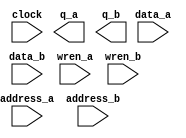
// megafunction wizard: %RAM: 2-PORT%VBB%
// GENERATION: STANDARD
// VERSION: WM1.0
// MODULE: altsyncram 

// ============================================================
// Megafunction Name(s):
// 			altsyncram
//
// Simulation Library Files(s):
// 			altera_mf
// ============================================================
// ************************************************************
// THIS IS A WIZARD-GENERATED FILE. DO NOT EDIT THIS FILE!
//
// 16.1.0 Build 196 10/24/2016 SJ Lite Edition
// ************************************************************

//Copyright (C) 2016  Intel Corporation. All rights reserved.
//Your use of Intel Corporation's design tools, logic functions 
//and other software and tools, and its AMPP partner logic 
//functions, and any output files from any of the foregoing 
//(including device programming or simulation files), and any 
//associated documentation or information are expressly subject 
//to the terms and conditions of the Intel Program License 
//Subscription Agreement, the Intel Quartus Prime License Agreement,
//the Intel MegaCore Function License Agreement, or other 
//applicable license agreement, including, without limitation, 
//that your use is for the sole purpose of programming logic 
//devices manufactured by Intel and sold by Intel or its 
//authorized distributors.  Please refer to the applicable 
//agreement for further details.

module SharedRAM (
	address_a,
	address_b,
	clock,
	data_a,
	data_b,
	wren_a,
	wren_b,
	q_a,
	q_b);

	input	[8:0]  address_a;
	input	[8:0]  address_b;
	input	  clock;
	input	[31:0]  data_a;
	input	[31:0]  data_b;
	input	  wren_a;
	input	  wren_b;
	output	[31:0]  q_a;
	output	[31:0]  q_b;
`ifndef ALTERA_RESERVED_QIS
// synopsys translate_off
`endif
	tri1	  clock;
	tri0	  wren_a;
	tri0	  wren_b;
`ifndef ALTERA_RESERVED_QIS
// synopsys translate_on
`endif

endmodule

// ============================================================
// CNX file retrieval info
// ============================================================
// Retrieval info: PRIVATE: ADDRESSSTALL_A NUMERIC "0"
// Retrieval info: PRIVATE: ADDRESSSTALL_B NUMERIC "0"
// Retrieval info: PRIVATE: BYTEENA_ACLR_A NUMERIC "0"
// Retrieval info: PRIVATE: BYTEENA_ACLR_B NUMERIC "0"
// Retrieval info: PRIVATE: BYTE_ENABLE_A NUMERIC "0"
// Retrieval info: PRIVATE: BYTE_ENABLE_B NUMERIC "0"
// Retrieval info: PRIVATE: BYTE_SIZE NUMERIC "8"
// Retrieval info: PRIVATE: BlankMemory NUMERIC "0"
// Retrieval info: PRIVATE: CLOCK_ENABLE_INPUT_A NUMERIC "0"
// Retrieval info: PRIVATE: CLOCK_ENABLE_INPUT_B NUMERIC "0"
// Retrieval info: PRIVATE: CLOCK_ENABLE_OUTPUT_A NUMERIC "0"
// Retrieval info: PRIVATE: CLOCK_ENABLE_OUTPUT_B NUMERIC "0"
// Retrieval info: PRIVATE: CLRdata NUMERIC "0"
// Retrieval info: PRIVATE: CLRq NUMERIC "0"
// Retrieval info: PRIVATE: CLRrdaddress NUMERIC "0"
// Retrieval info: PRIVATE: CLRrren NUMERIC "0"
// Retrieval info: PRIVATE: CLRwraddress NUMERIC "0"
// Retrieval info: PRIVATE: CLRwren NUMERIC "0"
// Retrieval info: PRIVATE: Clock NUMERIC "0"
// Retrieval info: PRIVATE: Clock_A NUMERIC "0"
// Retrieval info: PRIVATE: Clock_B NUMERIC "0"
// Retrieval info: PRIVATE: IMPLEMENT_IN_LES NUMERIC "0"
// Retrieval info: PRIVATE: INDATA_ACLR_B NUMERIC "0"
// Retrieval info: PRIVATE: INDATA_REG_B NUMERIC "1"
// Retrieval info: PRIVATE: INIT_FILE_LAYOUT STRING "PORT_A"
// Retrieval info: PRIVATE: INIT_TO_SIM_X NUMERIC "0"
// Retrieval info: PRIVATE: INTENDED_DEVICE_FAMILY STRING "Cyclone IV E"
// Retrieval info: PRIVATE: JTAG_ENABLED NUMERIC "0"
// Retrieval info: PRIVATE: JTAG_ID STRING "NONE"
// Retrieval info: PRIVATE: MAXIMUM_DEPTH NUMERIC "0"
// Retrieval info: PRIVATE: MEMSIZE NUMERIC "16384"
// Retrieval info: PRIVATE: MEM_IN_BITS NUMERIC "0"
// Retrieval info: PRIVATE: MIFfilename STRING "Parallel.mif"
// Retrieval info: PRIVATE: OPERATION_MODE NUMERIC "3"
// Retrieval info: PRIVATE: OUTDATA_ACLR_B NUMERIC "0"
// Retrieval info: PRIVATE: OUTDATA_REG_B NUMERIC "1"
// Retrieval info: PRIVATE: RAM_BLOCK_TYPE NUMERIC "0"
// Retrieval info: PRIVATE: READ_DURING_WRITE_MODE_MIXED_PORTS NUMERIC "2"
// Retrieval info: PRIVATE: READ_DURING_WRITE_MODE_PORT_A NUMERIC "4"
// Retrieval info: PRIVATE: READ_DURING_WRITE_MODE_PORT_B NUMERIC "4"
// Retrieval info: PRIVATE: REGdata NUMERIC "1"
// Retrieval info: PRIVATE: REGq NUMERIC "1"
// Retrieval info: PRIVATE: REGrdaddress NUMERIC "0"
// Retrieval info: PRIVATE: REGrren NUMERIC "0"
// Retrieval info: PRIVATE: REGwraddress NUMERIC "1"
// Retrieval info: PRIVATE: REGwren NUMERIC "1"
// Retrieval info: PRIVATE: SYNTH_WRAPPER_GEN_POSTFIX STRING "0"
// Retrieval info: PRIVATE: USE_DIFF_CLKEN NUMERIC "0"
// Retrieval info: PRIVATE: UseDPRAM NUMERIC "1"
// Retrieval info: PRIVATE: VarWidth NUMERIC "0"
// Retrieval info: PRIVATE: WIDTH_READ_A NUMERIC "32"
// Retrieval info: PRIVATE: WIDTH_READ_B NUMERIC "32"
// Retrieval info: PRIVATE: WIDTH_WRITE_A NUMERIC "32"
// Retrieval info: PRIVATE: WIDTH_WRITE_B NUMERIC "32"
// Retrieval info: PRIVATE: WRADDR_ACLR_B NUMERIC "0"
// Retrieval info: PRIVATE: WRADDR_REG_B NUMERIC "1"
// Retrieval info: PRIVATE: WRCTRL_ACLR_B NUMERIC "0"
// Retrieval info: PRIVATE: enable NUMERIC "0"
// Retrieval info: PRIVATE: rden NUMERIC "0"
// Retrieval info: LIBRARY: altera_mf altera_mf.altera_mf_components.all
// Retrieval info: CONSTANT: ADDRESS_REG_B STRING "CLOCK0"
// Retrieval info: CONSTANT: CLOCK_ENABLE_INPUT_A STRING "BYPASS"
// Retrieval info: CONSTANT: CLOCK_ENABLE_INPUT_B STRING "BYPASS"
// Retrieval info: CONSTANT: CLOCK_ENABLE_OUTPUT_A STRING "BYPASS"
// Retrieval info: CONSTANT: CLOCK_ENABLE_OUTPUT_B STRING "BYPASS"
// Retrieval info: CONSTANT: INDATA_REG_B STRING "CLOCK0"
// Retrieval info: CONSTANT: INIT_FILE STRING "Parallel.mif"
// Retrieval info: CONSTANT: INTENDED_DEVICE_FAMILY STRING "Cyclone IV E"
// Retrieval info: CONSTANT: LPM_TYPE STRING "altsyncram"
// Retrieval info: CONSTANT: NUMWORDS_A NUMERIC "512"
// Retrieval info: CONSTANT: NUMWORDS_B NUMERIC "512"
// Retrieval info: CONSTANT: OPERATION_MODE STRING "BIDIR_DUAL_PORT"
// Retrieval info: CONSTANT: OUTDATA_ACLR_A STRING "NONE"
// Retrieval info: CONSTANT: OUTDATA_ACLR_B STRING "NONE"
// Retrieval info: CONSTANT: OUTDATA_REG_A STRING "CLOCK0"
// Retrieval info: CONSTANT: OUTDATA_REG_B STRING "CLOCK0"
// Retrieval info: CONSTANT: POWER_UP_UNINITIALIZED STRING "FALSE"
// Retrieval info: CONSTANT: READ_DURING_WRITE_MODE_MIXED_PORTS STRING "DONT_CARE"
// Retrieval info: CONSTANT: READ_DURING_WRITE_MODE_PORT_A STRING "NEW_DATA_WITH_NBE_READ"
// Retrieval info: CONSTANT: READ_DURING_WRITE_MODE_PORT_B STRING "NEW_DATA_WITH_NBE_READ"
// Retrieval info: CONSTANT: WIDTHAD_A NUMERIC "9"
// Retrieval info: CONSTANT: WIDTHAD_B NUMERIC "9"
// Retrieval info: CONSTANT: WIDTH_A NUMERIC "32"
// Retrieval info: CONSTANT: WIDTH_B NUMERIC "32"
// Retrieval info: CONSTANT: WIDTH_BYTEENA_A NUMERIC "1"
// Retrieval info: CONSTANT: WIDTH_BYTEENA_B NUMERIC "1"
// Retrieval info: CONSTANT: WRCONTROL_WRADDRESS_REG_B STRING "CLOCK0"
// Retrieval info: USED_PORT: address_a 0 0 9 0 INPUT NODEFVAL "address_a[8..0]"
// Retrieval info: USED_PORT: address_b 0 0 9 0 INPUT NODEFVAL "address_b[8..0]"
// Retrieval info: USED_PORT: clock 0 0 0 0 INPUT VCC "clock"
// Retrieval info: USED_PORT: data_a 0 0 32 0 INPUT NODEFVAL "data_a[31..0]"
// Retrieval info: USED_PORT: data_b 0 0 32 0 INPUT NODEFVAL "data_b[31..0]"
// Retrieval info: USED_PORT: q_a 0 0 32 0 OUTPUT NODEFVAL "q_a[31..0]"
// Retrieval info: USED_PORT: q_b 0 0 32 0 OUTPUT NODEFVAL "q_b[31..0]"
// Retrieval info: USED_PORT: wren_a 0 0 0 0 INPUT GND "wren_a"
// Retrieval info: USED_PORT: wren_b 0 0 0 0 INPUT GND "wren_b"
// Retrieval info: CONNECT: @address_a 0 0 9 0 address_a 0 0 9 0
// Retrieval info: CONNECT: @address_b 0 0 9 0 address_b 0 0 9 0
// Retrieval info: CONNECT: @clock0 0 0 0 0 clock 0 0 0 0
// Retrieval info: CONNECT: @data_a 0 0 32 0 data_a 0 0 32 0
// Retrieval info: CONNECT: @data_b 0 0 32 0 data_b 0 0 32 0
// Retrieval info: CONNECT: @wren_a 0 0 0 0 wren_a 0 0 0 0
// Retrieval info: CONNECT: @wren_b 0 0 0 0 wren_b 0 0 0 0
// Retrieval info: CONNECT: q_a 0 0 32 0 @q_a 0 0 32 0
// Retrieval info: CONNECT: q_b 0 0 32 0 @q_b 0 0 32 0
// Retrieval info: GEN_FILE: TYPE_NORMAL SharedRAM.v TRUE
// Retrieval info: GEN_FILE: TYPE_NORMAL SharedRAM.inc FALSE
// Retrieval info: GEN_FILE: TYPE_NORMAL SharedRAM.cmp FALSE
// Retrieval info: GEN_FILE: TYPE_NORMAL SharedRAM.bsf FALSE
// Retrieval info: GEN_FILE: TYPE_NORMAL SharedRAM_inst.v FALSE
// Retrieval info: GEN_FILE: TYPE_NORMAL SharedRAM_bb.v TRUE
// Retrieval info: LIB_FILE: altera_mf